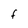
Character: F